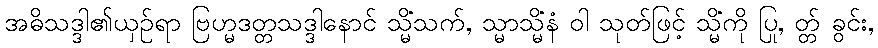
အဓိသဒ္ဒါ၏ယှဉ်ရာ ဗြဟ္မဒတ္တသဒ္ဒါနောင် သ္မိံသက်, သ္မာသ္မိံနံ ဝါ သုတ်ဖြင့် သ္မိံကို ပြု, တ္တ် ခွင်း,